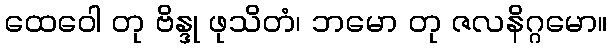
ထေဝေါ တု ဗိန္ဒု ဖုသိတံ၊ ဘမော တု ဇလနိဂ္ဂမော။